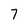
Character: 7